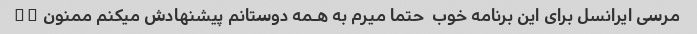
مرسى ايرانسل براى اين برنامه خوب  حتما ميرم به هـمه دوستانم پيشنهادش ميكنم ممنون ♥️�